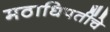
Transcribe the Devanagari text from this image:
मठाधिपतींचे